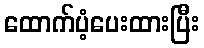
ထောက်ပံ့ပေးထားပြီး